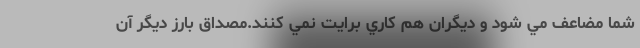
شما مضاعف مي شود و ديگران هم كاري برايت نمي كنند.مصداق بارز ديگر آن